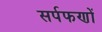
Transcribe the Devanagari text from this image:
सर्पफणों